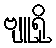
ဗျူရို